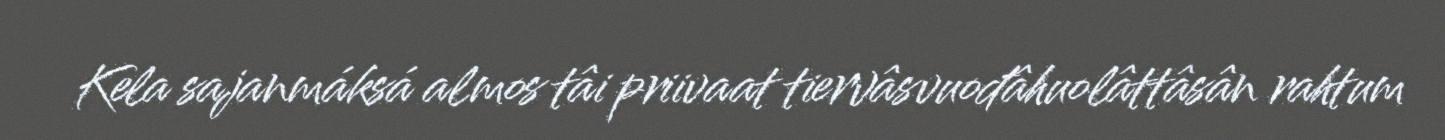
Kela sajanmáksá almos tâi priivaat tiervâsvuođâhuolâttâsân rahtum